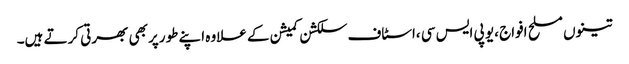
تینوں مسلح افواج ،یو پی ایس سی ،اسٹاف سلکشن کمیشن کے علاوہ اپنے طورپر بھی بھرتی کرتے ہیں۔